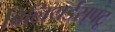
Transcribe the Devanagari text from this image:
बिलियर्डस्‌पटू